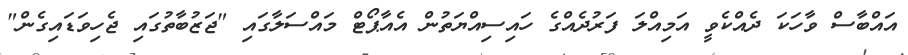
އައްބާސް ވާހަކަ ދެއްކެވީ އަމިއްލަ ފަރުދެއްގެ ހައިސިއްޔަތުން އެއާޕޯޓް މައްސަލާގައި "ޖަޒުބާތުގައި ޖެހިވަޑައިގެން"